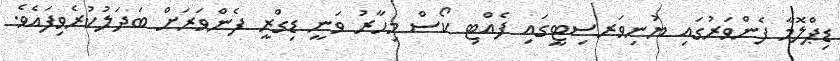
ޑިޕްލޮމާ ފެންވަރުގައި ޔުނިވަރސިޓީގައި ފެއްޓި ކޯސް މިހާރު ވަނީ ޑިގްރީ ފެންވަރަށް ބަދަލުކުރެވިފައެވެ.